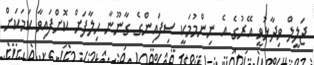
ޖަލީލް ވިދާޅުވީ އޭރުގެ އެ ނިންމުމަކީ ސިފައިންގެ ގާނޫނާ ހިލާފަށް ކޮށްފައިވާ ކަމަކަށް